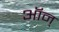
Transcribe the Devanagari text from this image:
ऑन्